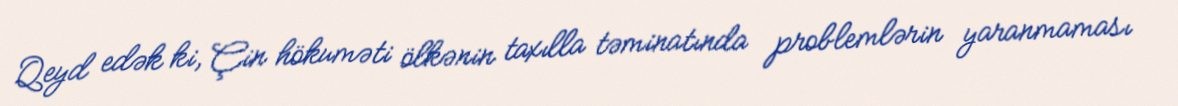
Qeyd edək ki, Çin hökuməti ölkənin taxılla təminatında problemlərin yaranmaması